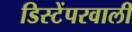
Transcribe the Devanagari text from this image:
डिस्टेंपरवाली